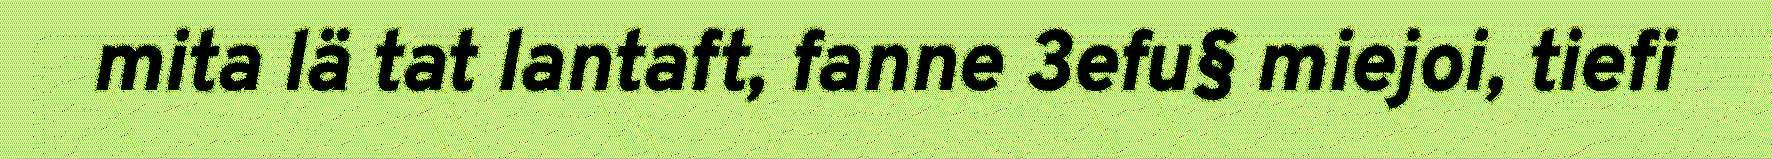
mita lä tat lantaft, fanne 3efu§ miejoi, tiefi